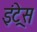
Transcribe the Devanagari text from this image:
इंट्रेस